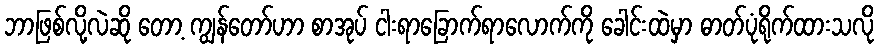
ဘာဖြစ်လို့လဲဆို တော့ ကျွန်တော်ဟာ စာအုပ် ငါးရာခြောက်ရာလောက်ကို ခေါင်းထဲမှာ ဓာတ်ပုံရိုက်ထားသလို